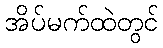
အိပ်မက်ထဲတွင်